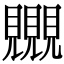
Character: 𧢛